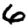
Digit: 6